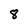
Character: 8